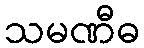
သမဏီဓ